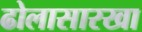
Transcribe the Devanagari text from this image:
ढोलासारखा